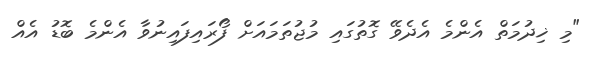
"މި ޚިދުމަތް އެންމެ އެދެވޭ ގޮތުގައި މުޖުތަމައަށް ފޯރައިފައިނުވާ އެންމެ ބޮޑު އެއް